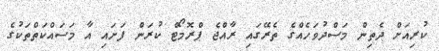
ކުރިއަށް ދެތިން މަސްދުވަހެއްގެ ތެރޭގައި ރާއްޖެ ޕްރޮމޯޓް ކުރަން ފަށައި އާ މަސައްކަތްތަކުގެ